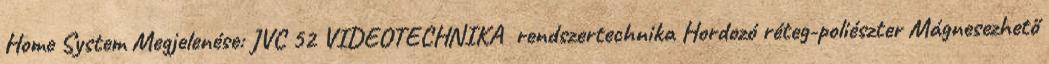
Home System Megjelenése: JVC 52 VIDEOTECHNIKA rendszertechnika Hordozó réteg-poliészter Mágnesezhető